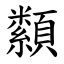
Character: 纇